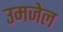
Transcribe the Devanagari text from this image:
उमजेल